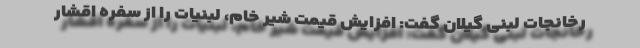
رخانجات لبنی گیلان گفت: افزایش قیمت شیر خام، لبنیات را از سفره اقشار